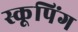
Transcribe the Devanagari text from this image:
स्कूपिंग